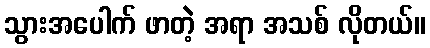
သွားအပေါက် ဖာတဲ့ အရာ အသစ် လိုတယ်။